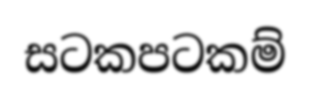
සටකපටකම්